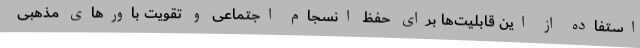
استفاده از این قابلیت‌ها برای حفظ انسجام اجتماعی و تقویت باورهای مذهبی